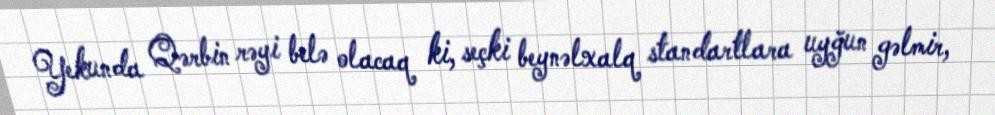
Yekunda Qərbin rəyi belə olacaq ki, seçki beynəlxalq standartlara uyğun gəlmir,